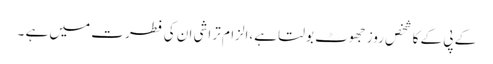
کے پی کے کا شخص روز جھوٹ بولتا ہے،الزام تراشی ان کی فطرت میں ہے ۔